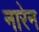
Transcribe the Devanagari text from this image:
नारेन